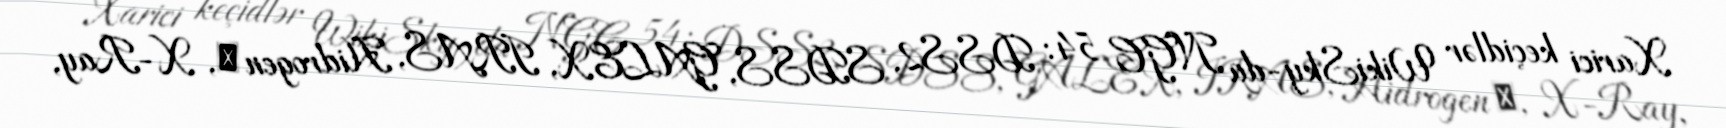
Xarici keçidlər WikiSky-da NGC 54: DSS2, SDSS, GALEX, IRAS, Hidrogen α, X-Ray,